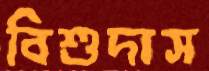
বিশুদাস